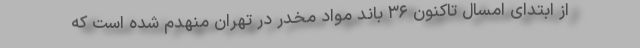
از ابتدای امسال تاکنون ۳۶ باند مواد مخدر در تهران منهدم شده است که